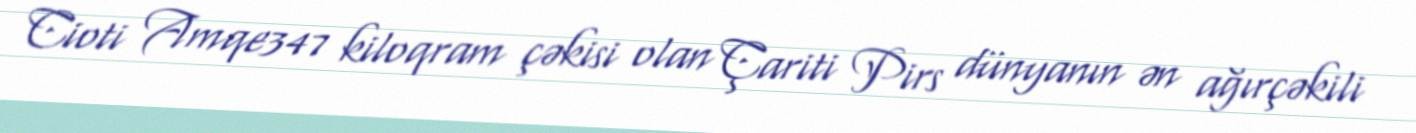
Cioti Amqe347 kiloqram çəkisi olan Çariti Pirs dünyanın ən ağırçəkili